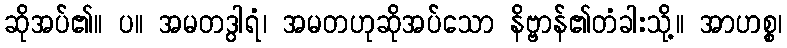
ဆိုအပ်၏။ ပ။ အမတဒွါရံ၊ အမတဟုဆိုအပ်သော နိဗ္ဗာန်၏တံခါးသို့။ အာဟစ္စ၊